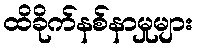
ထိခိုက်နစ်နာမှုများ